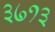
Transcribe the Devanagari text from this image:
३७१३